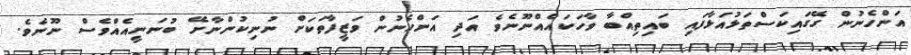
އަންހެނުން ގޭގައިކަސްތަޅުއަޅާފައި ބައިތިއްބާ ވާހަކައެއްނޫނެވެ އަދި އަންހެނުން ވަޒީފާތަކަށް ނުނިކުންނާށޭ ބުނަނީއެއްވެސް ނޫނެވެ.